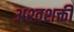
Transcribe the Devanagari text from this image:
अश्‍वशक्ती